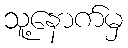
သူ့နောက်မှ